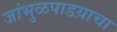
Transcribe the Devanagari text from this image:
जांभुळपाडय़ाचा